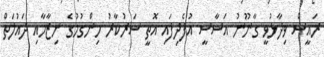
ރައީސް ވިދާޅުވީ ގާނޫނު އަސާސީ އުފެދިފައި އޮތީ ސަރުކާރު ހިންގުމުގެ ނިޒާމާއި ދައުލަތް